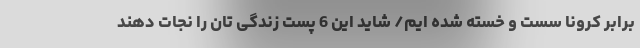
برابر کرونا سست و خسته شده ایم/ شاید این 6 پست زندگی تان را نجات دهند